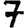
Digit: 7